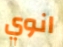
انوي